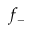
f _ { - }